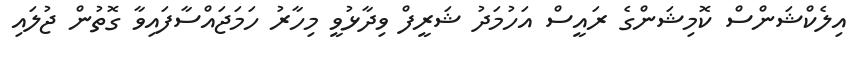
އިލެކްޝަންސް ކޮމިޝަންގެ ރައީސް އަހުމަދު ޝަރީފް ވިދާޅުވީ މިހާރު ހަމަޖައްސާފައިވާ ގޮތުން ޖުލައި